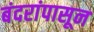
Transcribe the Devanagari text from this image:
बंदरांपासून